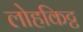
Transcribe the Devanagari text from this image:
लोहकिट्ट